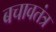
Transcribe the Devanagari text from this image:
बचावतंत्र